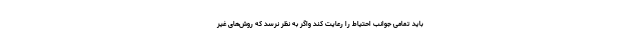
باید تمامی جوانب احتیاط را رعایت کند واگر به نظر نرسد که روش‌های غیر